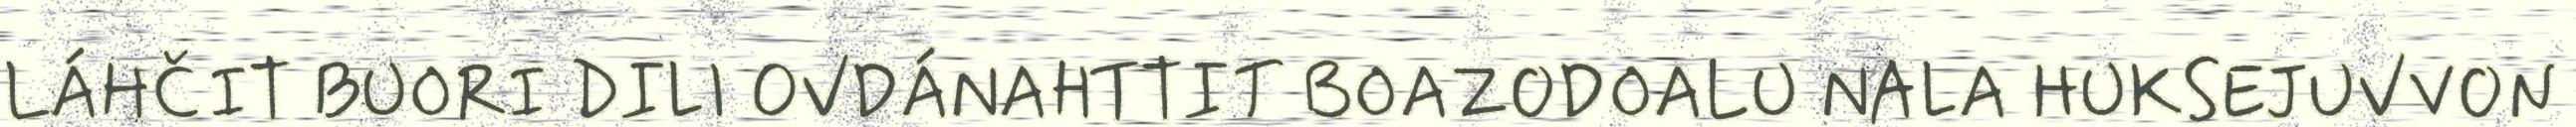
LÁHČIT BUORI DILI OVDÁNAHTTIT BOAZODOALU NALA HUKSEJUVVON